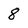
Character: 8